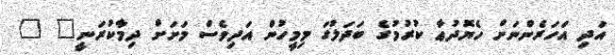
އަދި އަހަރެންނަށް ހެޔޮދުޢާ ކުރުމުގެ ބަދަލުގަ މިމީހުން އަދިވެސް މަށަށް ދިމާކުރަނީ" "